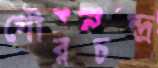
গৌরচন্দ্র